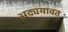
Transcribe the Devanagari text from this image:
अद्ययावत्